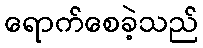
ရောက်စေခဲ့သည်